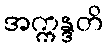
အက္ကန္ဒတိ